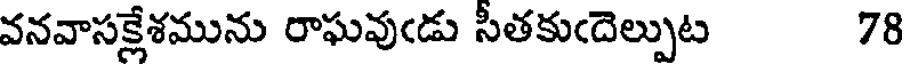
వనవాసక్లేశమును రాఘవుఁడు సీతకుఁదెల్పుట 78